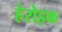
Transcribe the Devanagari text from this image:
हेरोइक